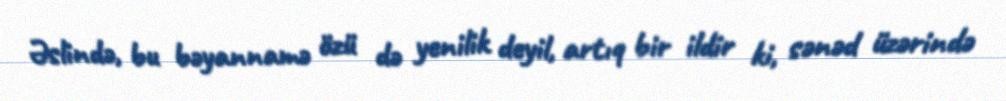
Əslində, bu bəyannamə özü də yenilik deyil, artıq bir ildir ki, sənəd üzərində